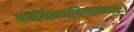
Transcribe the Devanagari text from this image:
वर्जयेन्मतिमान्नरः।